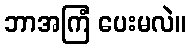
ဘာအကြံ ပေးမလဲ။